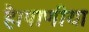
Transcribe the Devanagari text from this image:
है।पाणीया